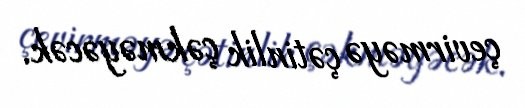
çevirməyə çətinlik çəkməyəcək.